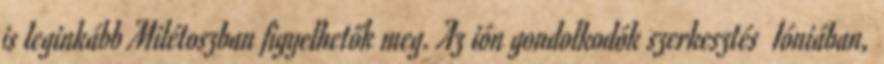
is leginkább Milétoszban figyelhetők meg. Az ión gondolkodók szerkesztés Ióniában,